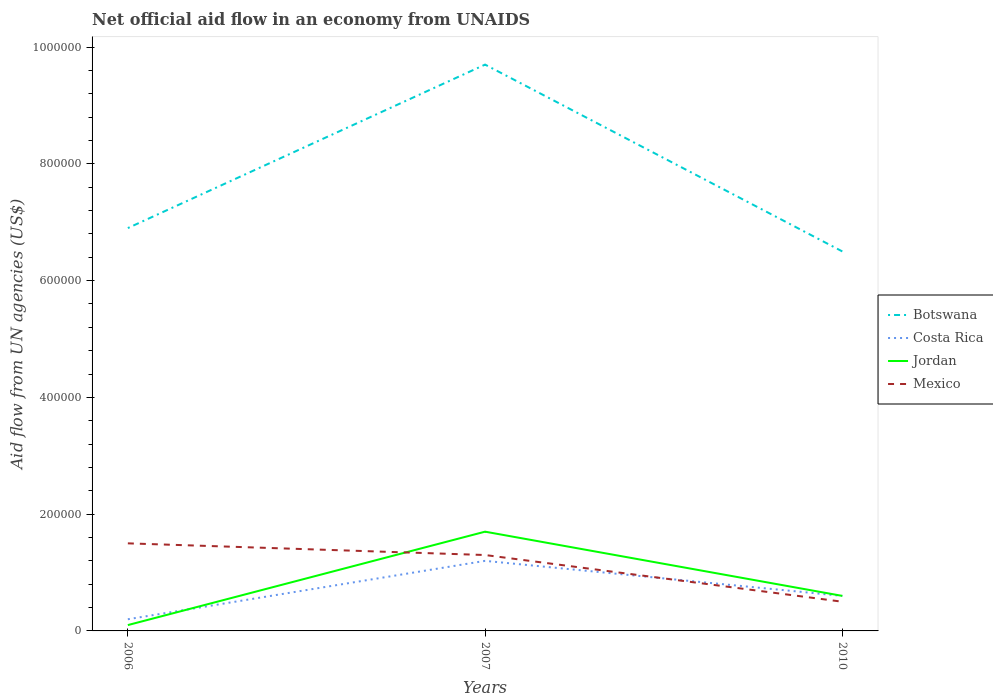
| Years | Botswana | Costa Rica | Jordan | Mexico |
 | --- | --- | --- | --- | --- |
 | 2006 | 6.9e+05 | 2e+04 | 1e+04 | 1.5e+05 |
 | 2007 | 9.7e+05 | 1.2e+05 | 1.7e+05 | 1.3e+05 |
 | 2010 | 6.5e+05 | 6e+04 | 6e+04 | 5e+04 |